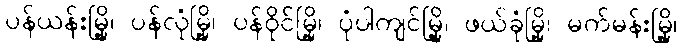
ပန်ယန်းမြို့၊ ပန်လုံမြို့၊ ပန်ဝိုင်မြို့၊ ပုံပါကျင်မြို့၊ ဖယ်ခုံမြို့၊ မက်မန်းမြို့၊